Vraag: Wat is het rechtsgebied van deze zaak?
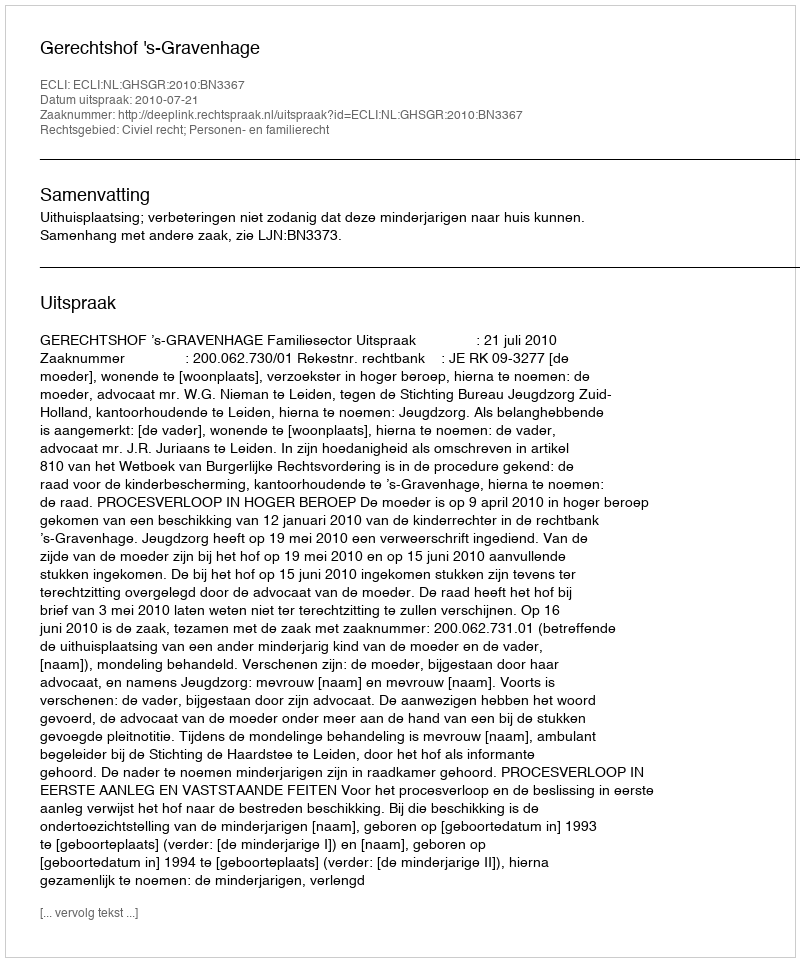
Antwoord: Civiel recht; Personen- en familierecht